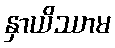
နှာယိဿာမ